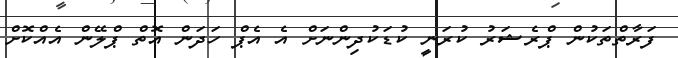
ފަރާތްތަކުން ޕްރެޝަރު ކުރަނީ ކުޑަކުދިންނަށް އެ އެޕް ހަދަން އޮތް ޕްލޭން އެއްކޮށް